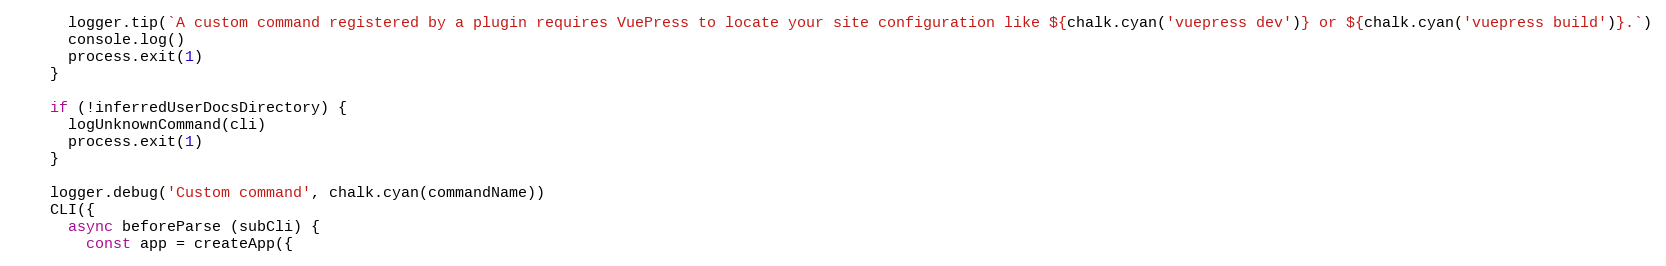
Language: JavaScript
      logger.tip(`A custom command registered by a plugin requires VuePress to locate your site configuration like ${chalk.cyan('vuepress dev')} or ${chalk.cyan('vuepress build')}.`)
      console.log()
      process.exit(1)
    }

    if (!inferredUserDocsDirectory) {
      logUnknownCommand(cli)
      process.exit(1)
    }

    logger.debug('Custom command', chalk.cyan(commandName))
    CLI({
      async beforeParse (subCli) {
        const app = createApp({